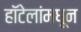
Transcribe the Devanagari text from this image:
हॉटेलांमधून